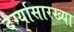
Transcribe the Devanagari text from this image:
दर्ग्यासारख्या